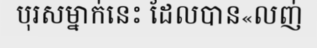
បុរសម្នាក់នេះ ដែលបាន«លញ់